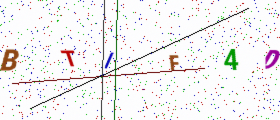
Text: BTIF4D